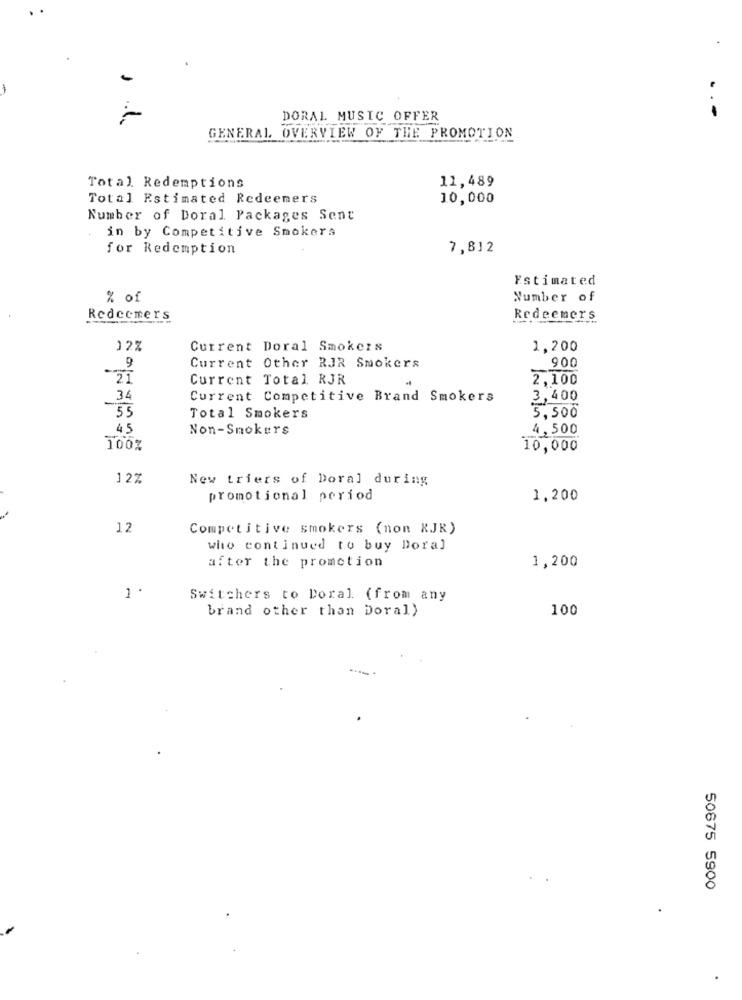
-
DORAL MUSIC OFFER
GENERAL OVERVIEW OF THE PROMOTION
11,489
Total Redemptions
Total Estimated Redeemers
10,000
Number of Doral Packages Sent
in by Competitive Smokers
for Redemption
7,812
Estimated
% of
Number of
Redeemers
Redeemers
12%
Current Doral Smokers
1,200
9
Current Other RJR Smokers
900
21
Current Total RJR
2.100
-
34
Current Competitive Brand Smokers
3,400
55
Total Smokers
5,500
45
Non-Smokers
4,500
100%
10,000
12%
New triers of Doral during
promotional period
1,200
12
Competitive smokers (non KJR)
who continued to buy Doral
after the promotion
1,200
1 .
Switchers to Doral (from any
brand other than Doral)
100
50875 5900